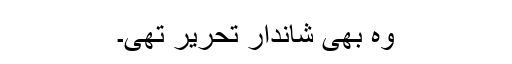
وہ بھی شاندار تحریر تھی۔